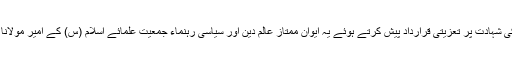
اجلاس میں قائد ایوان سینیٹر شبلی فراز نے مولانا سمیع الحق کی شہادت پر تعزیتی قرارداد پیش کرتے ہوئے یہ ایوان ممتاز عالم دین اور سیاسی رہنماء جمعیت علمائے اسلام (س) کے امیر مولانا سمیع الحق کی شہادت پر گہرے رنج و غم کا اظہار کرتا ہے۔